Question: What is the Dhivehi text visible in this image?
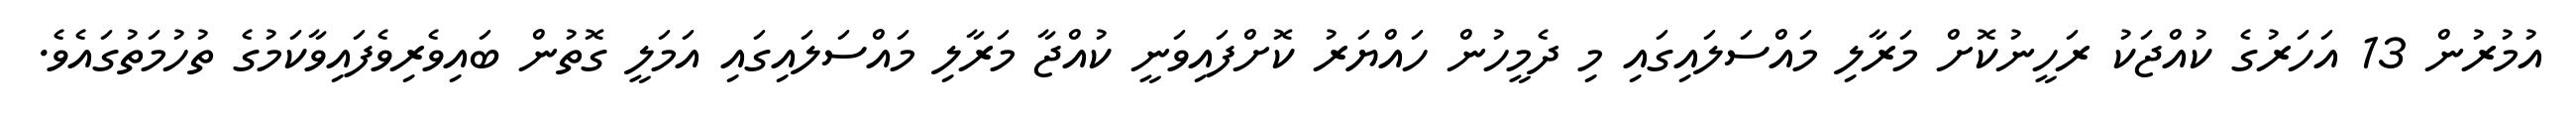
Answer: އުމުރުން 13 އަހަރުގެ ކުއްޖަކު ރަހީނުކޮށް މަރާލި މައްސަލައިގައި މި ދެމީހުން ހައްޔަރު ކޮށްފައިވަނީ ކުއްޖާ މަރާލި މައްސަލައިގައި އަމަލީ ގޮތުން ބައިވެރިވެފައިވާކަމުގެ ތުހުމަތުގައެވެ.